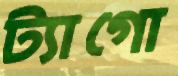
ট্যাগো